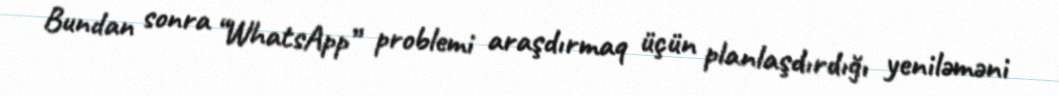
Bundan sonra “WhatsApp” problemi araşdırmaq üçün planlaşdırdığı yeniləməni